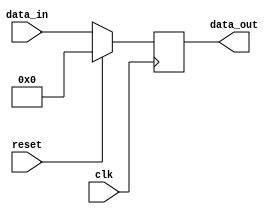
module multiplier_register(data_out, data_in, clk, reset);
    input [63:0]data_in;
    input clk, reset;
    output [63:0]data_out;
    reg [63:0]mul_reg;
    always @(posedge clk) begin //Register process block
        if (reset) mul_reg <= 64'd0;
        else mul_reg <= data_in;
    end
    assign data_out = mul_reg;
endmodule